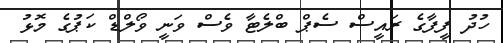
ހުދު ފީފާގެ ރައީސް ސެޕް ބްލެޓާ ވެސް ވަނީ ވޯލްޑް ކަޕުގެ މޮޅު